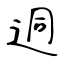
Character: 迵